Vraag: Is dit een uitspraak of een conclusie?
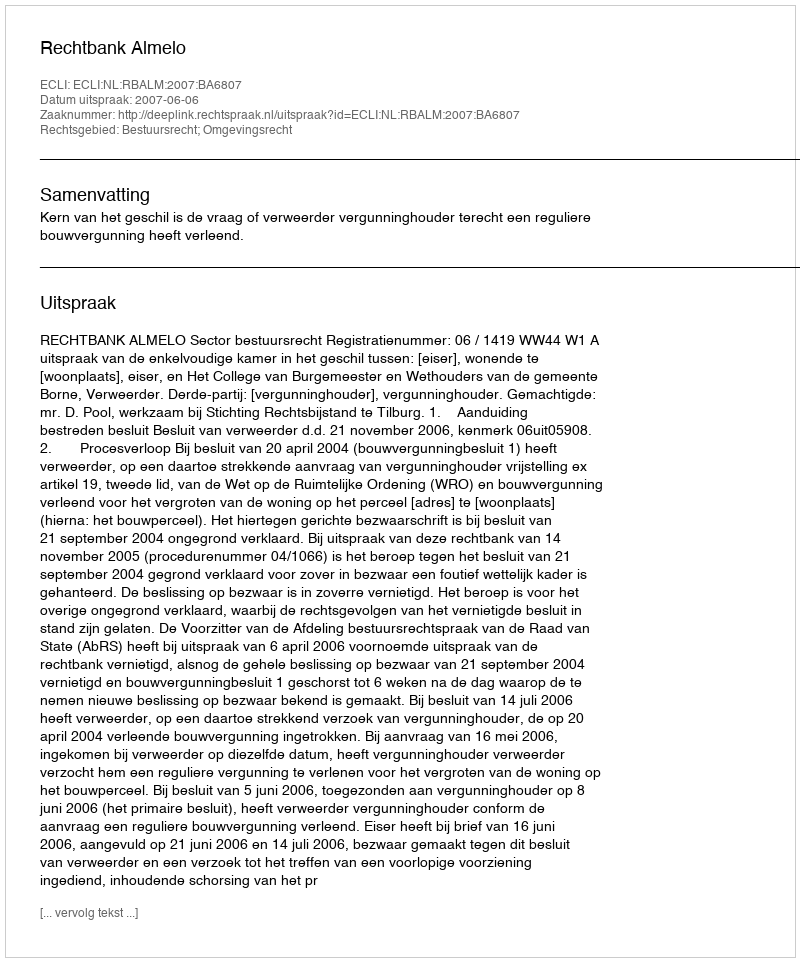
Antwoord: Uitspraak